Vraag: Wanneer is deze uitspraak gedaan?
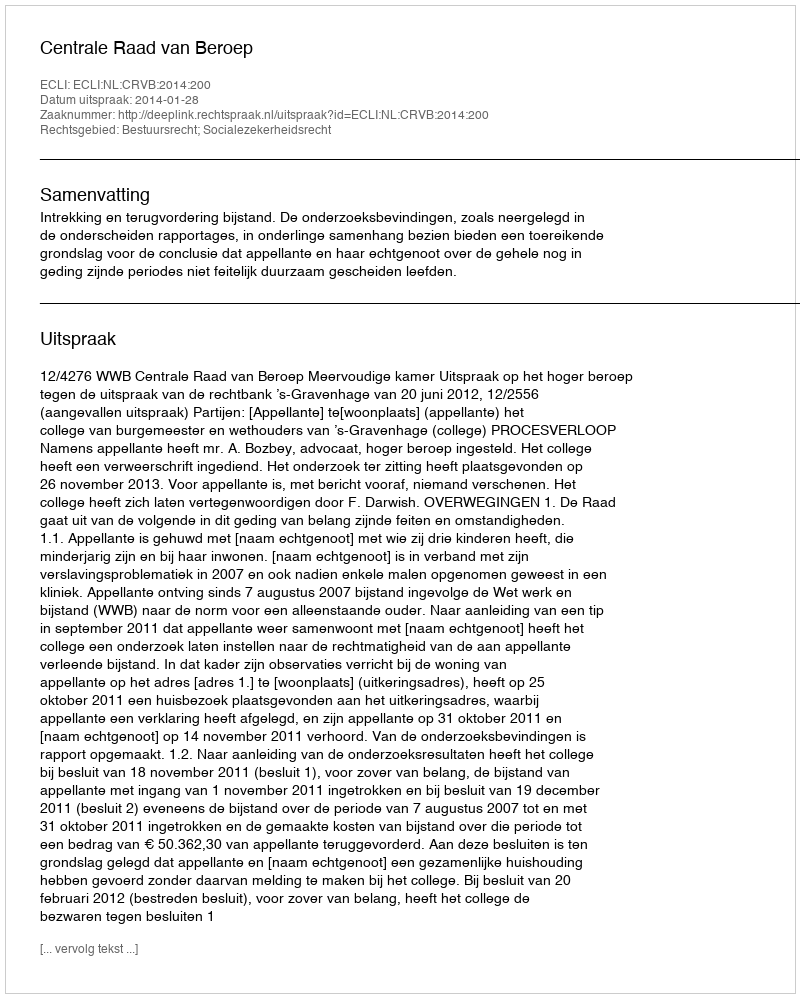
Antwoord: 2014-01-28